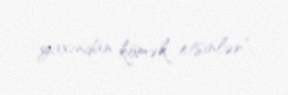
yaxından kömək etsinlər”.